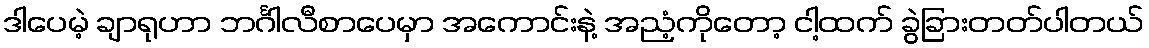
ဒါပေမဲ့ ချာရုဟာ ဘင်္ဂါလီစာပေမှာ အကောင်းနဲ့ အညံ့ကိုတော့ ငါ့ထက် ခွဲခြားတတ်ပါတယ်